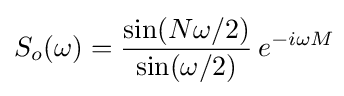
S_{o}(\omega )={\sin(N\omega /2) \over \sin(\omega /2)}\,e^{-i\omega M}\!